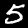
Label: 5